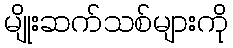
မျိုးဆက်သစ်များကို